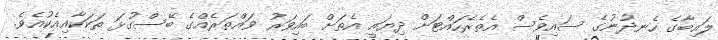
ލައިބާގެ ހެނދުނުގެ ސައިވެސް އެތެރެހައްޓަށް ދިޔައީ އެތަށް ބައިވަރު ވައްތަރެއްގެ ބޭސްގުޅަ ތަކަކާއިއެކުއެވެ.